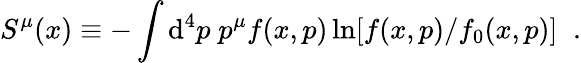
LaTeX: S^{\mu}(x)\equiv-\int\mathrm{d}^{4}p\; p^{\mu}f(x,p)\ln[f(x,p)/f_{0}(x,p)]\; \; .